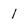
Character: 1